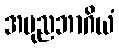
အပုညဘာဂိယံ